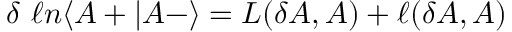
\delta \ \ell n \langle A + \vert A - \rangle = L ( \delta A , A ) + \ell ( \delta A , A )